Vaccination in Bombay 1869-1873 - 1869-1873
Year: 1869
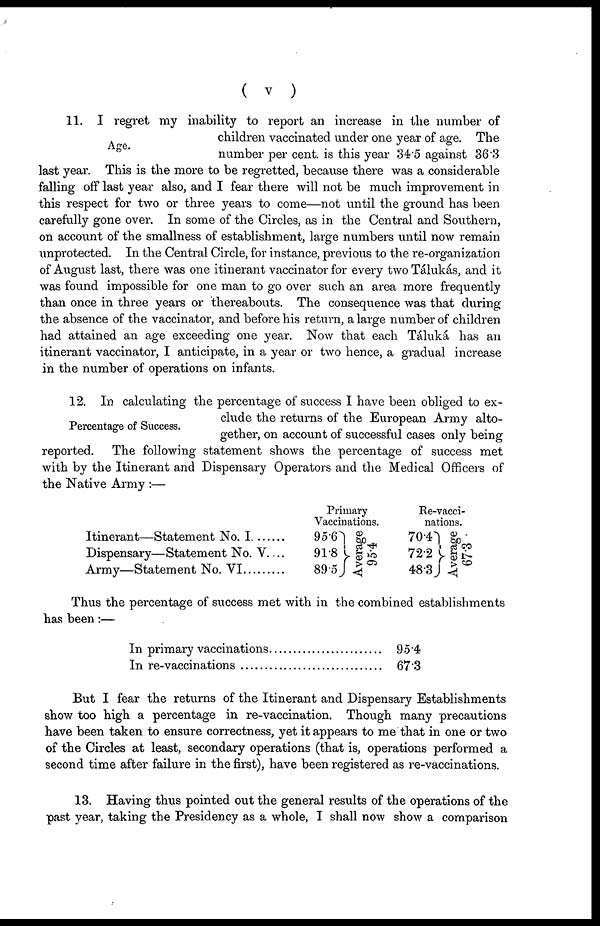
( v )
Age.
11. I regret my inability to report an increase in the number of
children vaccinated under one year of age. The
number per cent. is this year 34.5 against 36.3
last year. This is the more to be regretted, because there was a considerable
falling off last year also, and I fear there will not be much improvement in
this respect for two or three years to come—not until the ground has been
carefully gone over. In some of the Circles, as in the Central and Southern,
on account of the smallness of establishment, large numbers until now remain
unprotected. In the Central Circle, for instance, previous to the re-organization
of August last, there was one itinerant vaccinator for every two Tálukás, and it
was found impossible for one man to go over such an area more frequently
than once in three years or thereabouts. The consequence was that during
the absence of the vaccinator, and before his return, a large number of children
had attained an age exceeding one year. Now that each Táluká has an
itinerant vaccinator, I anticipate, in a year or two hence, a gradual increase
in the number of operations on infants.
Percentage of Success.
12. In calculating the percentage of success I have been obliged to ex-
clude the returns of the European Army alto-
gether, on account of successful cases only being
reported. The following statement shows the percentage of success met
with by the Itinerant and Dispensary Operators and the Medical Officers of
the Native Army :—
Itinerant—Statement No. I...........
Dispensary—Statement No. V....
Army—Statement No. VI
Primary
Vaccinations.
95.6
91.8
89.5
Average
95.4
Re-vacci-
nations.
70.4
72.2
48.3
Average
67.3
Thus the percentage of success met with in the combined establishments
has been:—
In primary vaccinations .............................
In re-vaccinations ......................................
95.4
67.3
But I fear the returns of the Itinerant and Dispensary Establishments
show too high a percentage in re-vaccination. Though many precautions
have been taken to ensure correctness, yet it appears to me that in one or two
of the Circles at least, secondary operations (that is, operations performed a
second time after failure in the first), have been registered as re-vaccinations.
13. Having thus pointed out the general results of the operations of the
past year, taking the Presidency as a whole, I shall now show a comparison